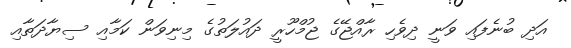
އަދި ބުނެފައި ވަނީ ދިވެހި ރާއްޖޭގެ ޖުމްހޫރީ ދައުލަތުގެ މިނިވަން ކަމާއި ސިޔާދަތާއި